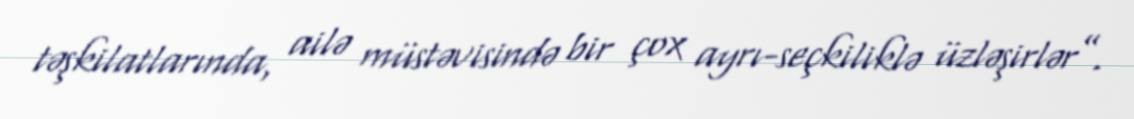
təşkilatlarında, ailə müstəvisində bir çox ayrı-seçkiliklə üzləşirlər”.